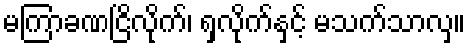
မကြာခဏငြိလိုက်၊ ရှလိုက်နှင့် မသက်သာလှ။